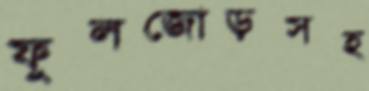
ফুলজোড়সহ